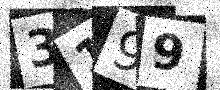
Text: 3199